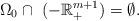
LaTeX: \begin{align*} \Omega_0\cap\ (- \mathbb{R}_+^{m+1})=\emptyset.\end{align*}